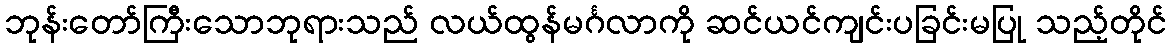
ဘုန်းတော်ကြီးသောဘုရားသည် လယ်ထွန်မင်္ဂလာကို ဆင်ယင်ကျင်းပခြင်းမပြု သည့်တိုင်